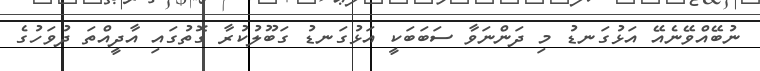
ނުބޭއްވޭނެއޭ އަޅުގަނޑު މި ދަންނަވާ ސަބަބަކީ އަޅުގަނޑު ގަބޫލުކުރާ ގޮތުގައި އާދީއްތަ ދުވަހުގެ